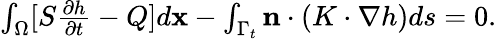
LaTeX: \begin{array}{r}{\int_{\Omega}[S\frac{\partial h}{\partial t}-Q]d\mathbf{x}-\int_{\Gamma_{t}}\mathbf{n}\cdot(K\cdot\nabla h)ds=0.}\end{array}